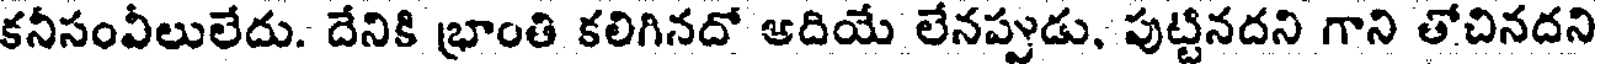
కనీసంవీలులేదు. దేనికి భ్రాంతి కలిగినదో ఆదియే లేనప్పుడు, పుట్టినదని గాని తోచినదని